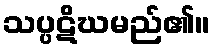
သပ္ပဋိဃမည်၏။